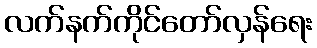
လက်နက်ကိုင်တော်လှန်ရေး